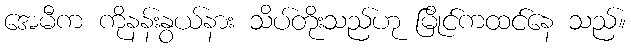
အေမီက ကိုနန်းနွယ်နား သိပ်တိုးသည်ဟု မြိုင်ကထင်နေ သည်။